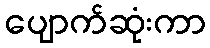
ပျောက်ဆုံးကာ